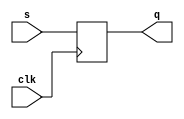
module DFlipFlop_4bits(s,clk,q);
    input [3:0] s; // Data input 
    input clk; // clock input 
    output [3:0] q; // output Q 
    
	 always @(posedge clk) 
        begin
            q <= s;	
        end 
endmodule